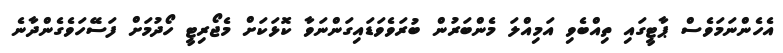
އެހެންނަމަވެސް ޕާޓީގައި ތިއްބެވި އަމިއްލަ މެންބަރުން ބުރަވެވަޑައިގަންނަވާ ކޮޅަކަށް މެޖޯރިޓީ ހޯދުމަށް ފަސޭހަވެގެންދާނެ